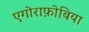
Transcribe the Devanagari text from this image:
एगोराफ़ोबिया